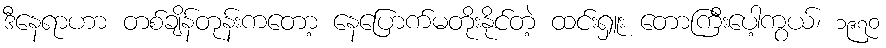
ဒီနေရာဟာ တစ်ချိန်တုန်းကတော့ နေပြောက်မတိုးနိုင်တဲ့ ထင်းရှူး တောကြီးပေါ့ကွယ်၊ ၁၉၇၀